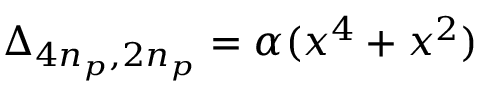
\Delta _ { 4 n _ { p } , 2 n _ { p } } = \alpha ( x ^ { 4 } + x ^ { 2 } )